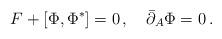
LaTeX: \begin{align*}F+[\Phi,\Phi^{*}]=0\,,\quad\bar\partial_{A}\Phi=0\,. \end{align*}